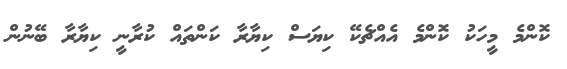
ކޮންމެ މީހަކު ކޮންމެ އެއްޗެކޭ ކިޔަސް ކިޔާރާ ކަންތައް ކުރާނީ ކިޔާރާ ބޭނުން